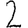
Digit: 2